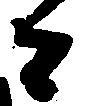
者